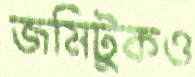
জমিটুকও